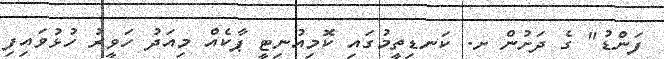
ފަންޑު" ގެ ދަށުން ށ. ކަނޑިތީމުގައި ކޮމިއުނިޓީ ޕާކެއް މިއަދު ހަވީރު ހުޅުވައިފި